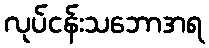
လုပ်ငန်းသဘောအရ